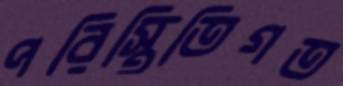
পরিস্থিতিগত